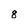
Character: 8